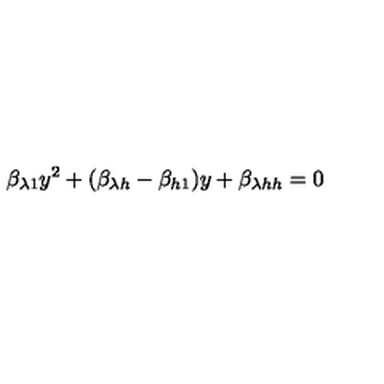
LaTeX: \beta _ { \lambda 1 } y ^ { 2 } + ( \beta _ { \lambda h } - \beta _ { h 1 } ) y + \beta _ { \lambda h h } = 0